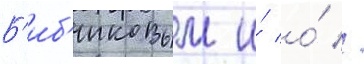
Б'иб'иковым и́ о́ //